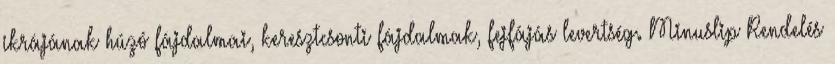
ikrájának húzó fájdalmai, keresztcsonti fájdalmak, fejfájás levertség. Minuslip Rendelés